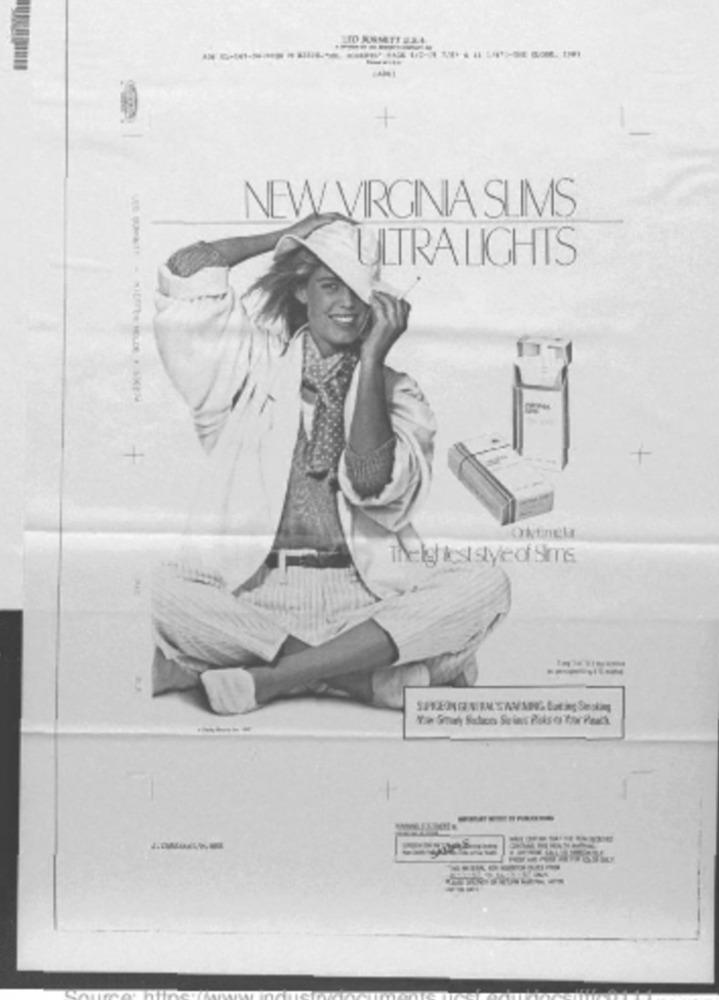
NEW VIRGINIA SLIMS
ULTRALIGHTS
Oktinch